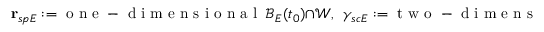
\mathbf { r } _ { s p E } : = \mathrm { ~ o ~ n ~ e ~ - ~ d ~ i ~ m ~ e ~ n ~ s ~ i ~ o ~ n ~ a ~ l ~ } \ \mathcal { B } _ { E } ( t _ { 0 } ) \cap \mathcal { W } , \ \ \gamma _ { s c E } : = \mathrm { ~ t ~ w ~ o ~ - ~ d ~ i ~ m ~ e ~ n ~ s ~ i ~ o ~ n ~ a ~ l ~ } \ \mathcal { B } _ { E } ( t _ { 0 } ) \cap \mathcal { W } ,